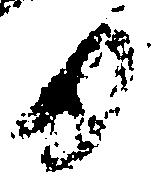
日